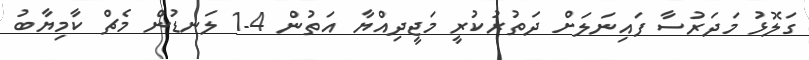
ގަލޮޅު މަދަރުސާ ފައިނަލަށް ދަތުރުކުރީ މަޖީދިއްޔާ އަތުން 4-1 ލަނޑުން މެޗް ކާމިޔާބު